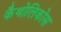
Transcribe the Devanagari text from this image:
कैथोलिकोस